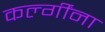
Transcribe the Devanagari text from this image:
कर्ल्गींना